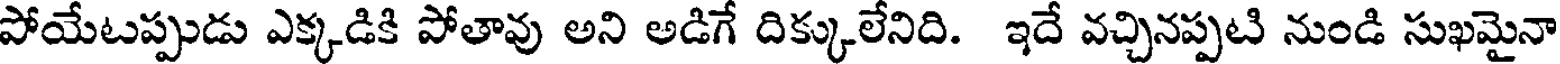
పోయేటప్పుడు ఎక్కడికి పోతావు అని అడిగే దిక్కులేనిది. ఇదే వచ్చినప్పటి నుండి సుఖమైనా